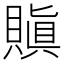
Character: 𧷒